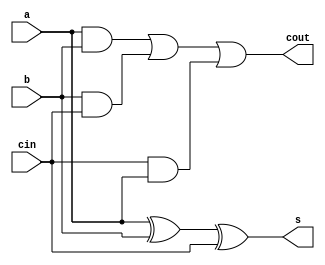
`timescale 1ns/1ps
module full_adder_dataflow (
  input a,    // Input 'a'
  input b,    // Input 'b'
  input cin,  // Input 'cin' (Carry-in)
  output s,   // Output 's' (Sum)
  output cout // Output 'cout' (Carry-out)
);

  assign s = a ^ b ^ cin;  // Dataflow expression for sum
  assign cout = (a & b) | (b & cin) | (cin & a);  // Dataflow expression for carry-out

endmodule